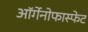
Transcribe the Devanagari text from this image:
ऑर्गेनोफास्फेट